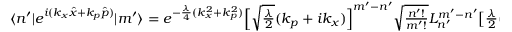
\begin{array} { r } { \langle n ^ { \prime } | e ^ { i ( k _ { x } \hat { x } + k _ { p } \hat { p } ) } | m ^ { \prime } \rangle = e ^ { - \frac { \lambda } { 4 } ( k _ { x } ^ { 2 } + k _ { p } ^ { 2 } ) } \Big [ \sqrt { \frac { \lambda } { 2 } } ( k _ { p } + i k _ { x } ) \Big ] ^ { m ^ { \prime } - n ^ { \prime } } \sqrt { \frac { n ^ { \prime } ! } { m ^ { \prime } ! } } L _ { n ^ { \prime } } ^ { m ^ { \prime } - n ^ { \prime } } \big [ \frac { \lambda } { 2 } ( k _ { x } ^ { 2 } + k _ { p } ^ { 2 } ) \big ] } \end{array}